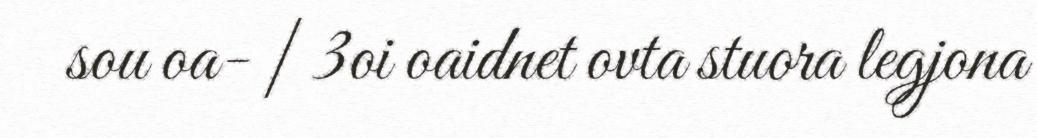
sou oa- | 3oi oaidnet ovta stuora legjona